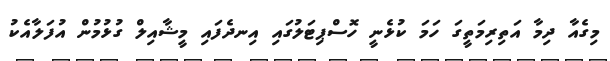
މިގެއާ ދިމާ އަތިރިމަތީގަ ހަމަ ކުޅެނީ ހޮސްޕިޓަލުގައި އިނދެފައި މީޝާއިލް ގުޅުމުން އުފަލާއެކު